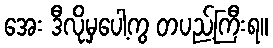
အေး ဒီလိုမှပေါ့ကွ တပည့်ကြီးရ။